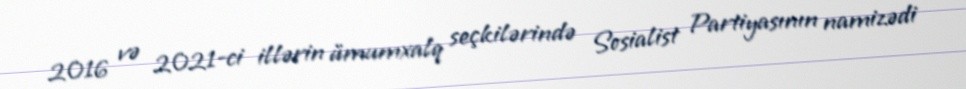
2016 və 2021-ci illərin ümumxalq seçkilərində Sosialist Partiyasının namizədi